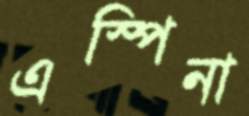
এস্পিনা